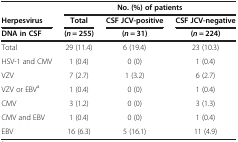
|  | <COLSPAN=3> No. (%) of patients |
 | Herpesvirus | Total | CSF JCV-positive | CSF JCV-negative |
 | DNA in CSF | (n = 255) | (n = 31) | (n = 224) |
 | --- | --- | --- | --- |
 | Total | 29 (11.4) | 6 (19.4) | 23 (10.3) |
 | HSV-1 and CMV | 1 (0.4) | 0 (0) | 1 (0.4) |
 | VZV | 7 (2.7) | 1 (3.2) | 6 (2.7) |
 | VZV or EBVa | 1 (0.4) | 0 (0) | 1 (0.4) |
 | CMV | 3 (1.2) | 0 (0) | 3 (1.3) |
 | CMV and EBV | 1 (0.4) | 0 (0) | 1 (0.4) |
 | EBV | 16 (6.3) | 5 (16.1) | 11 (4.9) |